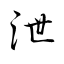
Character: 泄